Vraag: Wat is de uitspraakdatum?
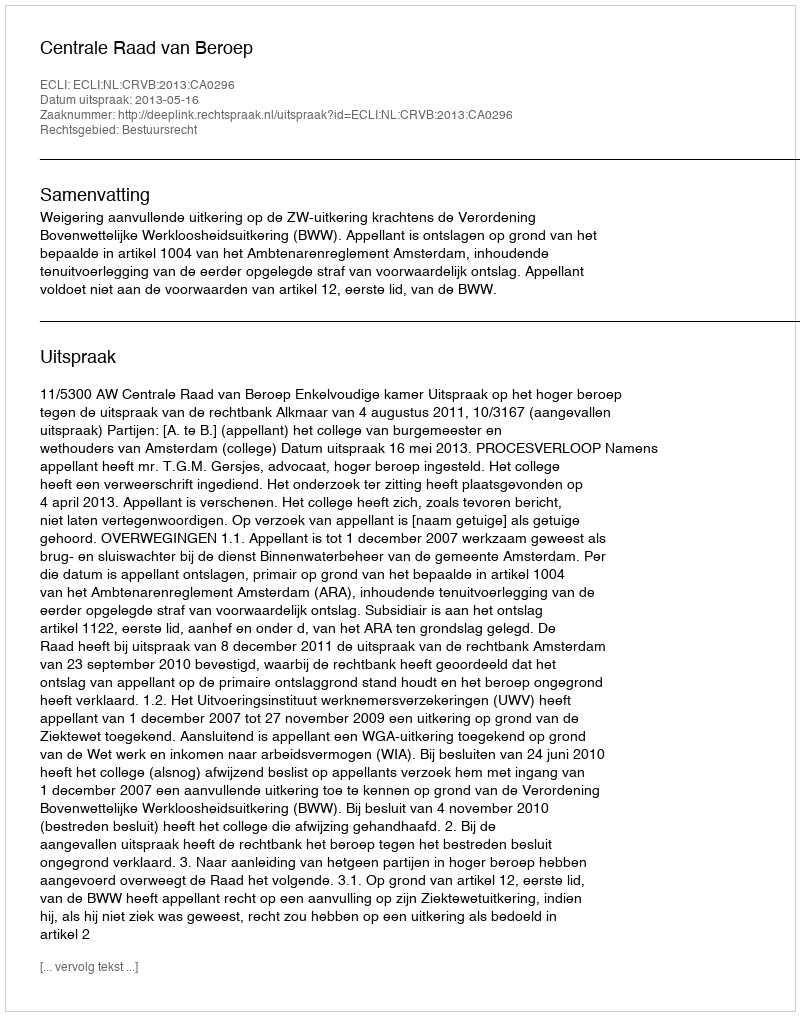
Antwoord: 2013-05-16